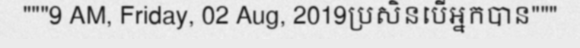
"""9 AM, Friday, 02 Aug, 2019ប្រសិនបើអ្នកបាន"""